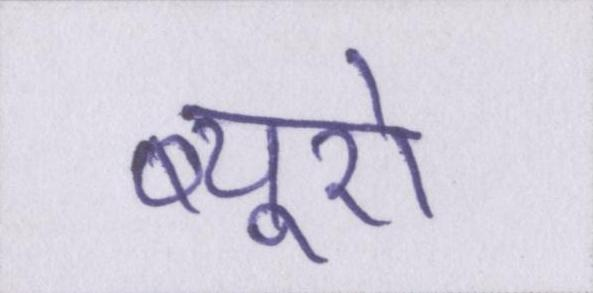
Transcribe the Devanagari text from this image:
ब्यूरो